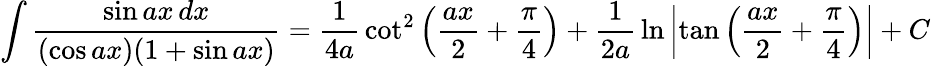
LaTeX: \int{\frac{\sin ax\, dx}{(\cos ax)(1+\sin ax)}}={\frac{1}{4a}}\cot^{2}\left({\frac{ax}{2}}+{\frac{\pi}{4}}\right)+{\frac{1}{2a}}\ln\left|\tan\left({\frac{ax}{2}}+{\frac{\pi}{4}}\right)\right|+C